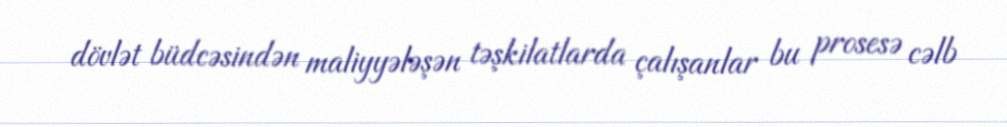
dövlət büdcəsindən maliyyələşən təşkilatlarda çalışanlar bu prosesə cəlb